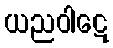
ယညဝါဋေ